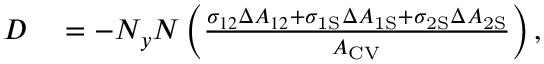
\begin{array} { r l } { D } & { { } = - N _ { y } N \left( \frac { \sigma _ { 1 2 } \Delta A _ { 1 2 } + \sigma _ { \mathrm { { 1 S } } } \Delta A _ { \mathrm { { 1 S } } } + \sigma _ { \mathrm { { 2 S } } } \Delta A _ { \mathrm { { 2 S } } } } { A _ { \mathrm { { C V } } } } \right) , } \end{array}